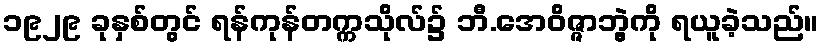
၁၉၂၉ ခုနှစ်တွင် ရန်ကုန်တက္ကသိုလ်၌ ဘီ.အေဝိဇ္ဇာဘွဲ့ကို ရယူခဲ့သည်။